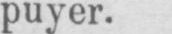
puyer.